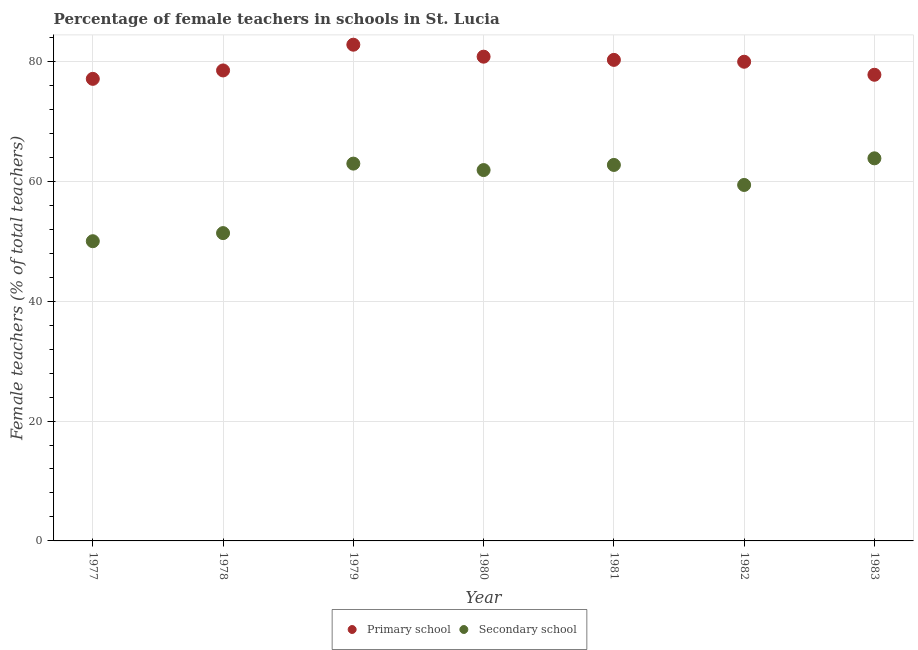
| Year | Primary school | Secondary school |
 | --- | --- | --- |
 | 1977 | 77.1 | 50 |
 | 1978 | 78.5 | 51.4 |
 | 1979 | 82.8 | 62.9 |
 | 1980 | 80.8 | 61.9 |
 | 1981 | 80.3 | 62.7 |
 | 1982 | 79.9 | 59.4 |
 | 1983 | 77.8 | 63.8 |